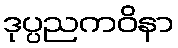
ဒုပ္ပညကဝိနာ